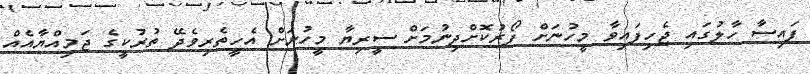
ފައިސާ ހާލުގައި ޖެހިފައިވާ މީހުނަށް ފޯރުކޮށްދިނުމަށް ސީރިޔާ މީހުނަށް އެހީތެރިވެދޭ ތުރުކީގެ ޖަމިއްޔާއެއް